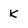
Character: K